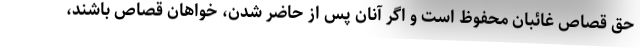
حق قصاص غائبان محفوظ است و اگر آنان پس از حاضر شدن، خواهان قصاص باشند،